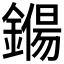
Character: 𨫖